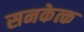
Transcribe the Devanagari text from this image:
सनकेत्क